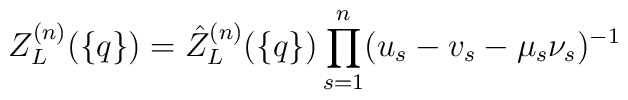
Z_L^{(n)}(\{q\})=\hat Z_L^{(n)}(\{q\})\prod_{s=1}^n(u_s-v_s-\mu_s\nu_s)^{-1}